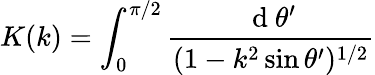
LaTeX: K(k)=\int_{0}^{\pi/2}\frac{\mathrm{~d~}\theta^{\prime}}{(1-k^{2}\sin\theta^{\prime})^{1/2}}